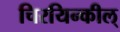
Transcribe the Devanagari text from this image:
चिरयिन्कील्